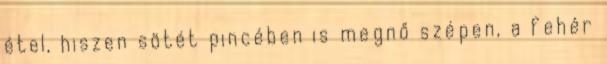
étel, hiszen sötét pincében is megnő szépen, a fehér